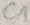
Text: C1